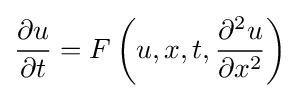
{\frac {\partial u}{\partial t}}=F\left(u,x,t,{\frac {\partial ^{2}u}{\partial x^{2}}}\right)